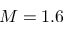
M = 1 . 6